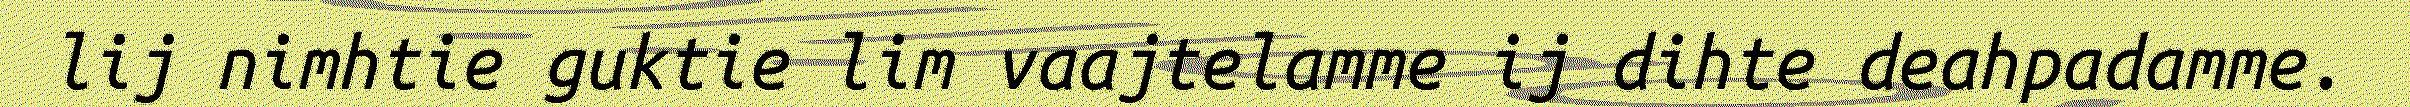
lij nimhtie guktie lim vaajtelamme ij dihte deahpadamme.